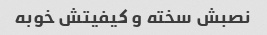
نصبش سخته و کیفیتش خوبه